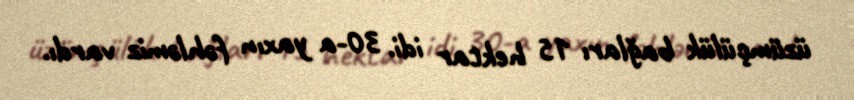
üzümçülük bağları 15 hektar idi. 30-a yaxın fəhləmiz vardı.